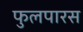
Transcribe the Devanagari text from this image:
फुलपारस